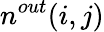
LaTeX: n^{out}(i,j)